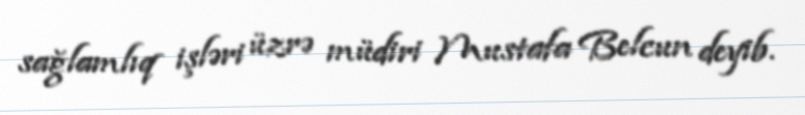
sağlamlıq işləri üzrə müdiri Mustafa Belcun deyib.